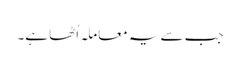
جب سے یہ معاملہ اُٹھا ہے۔